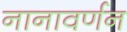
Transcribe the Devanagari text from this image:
नानावर्णन